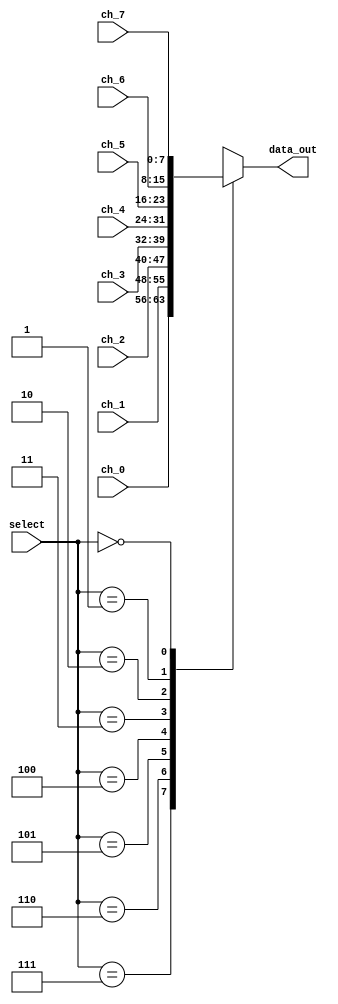
`timescale 1ns / 1ps
//////////////////////////////////////////////////////////////////////////////////
// Company: Tecnolgico de Costa Rica
// 
// Design Name: 
// Module Name: Mux_8x1
// Project Name: 
// Target Devices: 
// Tool Versions: 
// Description: 
// 
//////////////////////////////////////////////////////////////////////////////////

module Mux_8x1(

    //INPUTS
    input wire [2:0] select,
    input wire [7:0] ch_0,
    input wire [7:0] ch_1,
    input wire [7:0] ch_2,
    input wire [7:0] ch_3,
    input wire [7:0] ch_4,
    input wire [7:0] ch_5,
    input wire [7:0] ch_6,
    input wire [7:0] ch_7,
    //OUTPUTS
    output reg [7:0] data_out
    );

    always @*
        begin
            case(select)
                3'b111: data_out = ch_0;
                3'b110: data_out = ch_1;
                3'b101: data_out = ch_2;
                3'b100: data_out = ch_3;
                3'b011: data_out = ch_4;
                3'b010: data_out = ch_5;
                3'b001: data_out = ch_6;
                3'b000: data_out = ch_7;
                default : data_out = ch_0;
            endcase
        end
        
endmodule